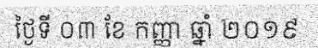
ថ្ងៃទី ០៣ ខែ កញ្ញា ឆ្នាំ ២០១៩